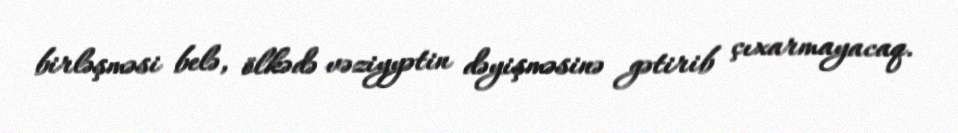
birləşməsi belə, ölkədə vəziyyətin dəyişməsinə gətirib çıxarmayacaq.